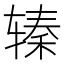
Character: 𰺖